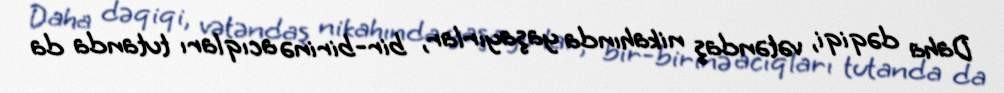
Daha dəqiqi, vətəndaş nikahında yaşayırlar, bir-birinə acıqları tutanda da